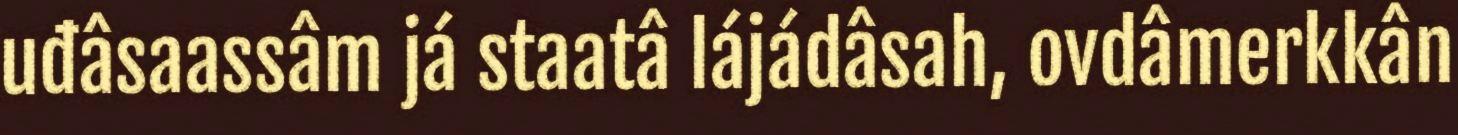
uđâsaassâm já staatâ lájádâsah, ovdâmerkkân